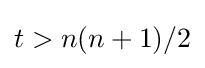
t>n(n+1)/2